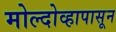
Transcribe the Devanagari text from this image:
मोल्दोव्हापासून